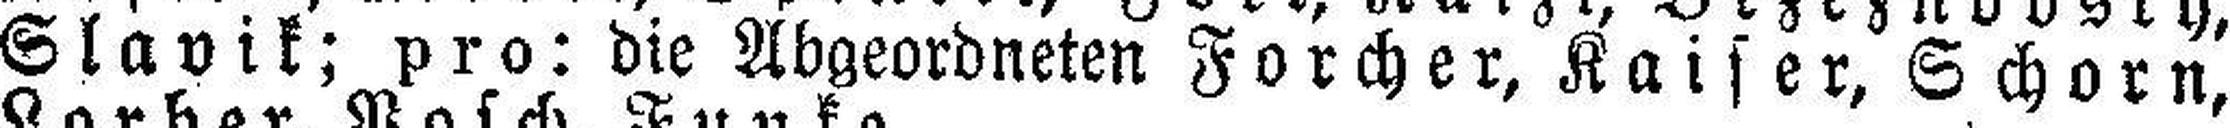
Slavik; pro: die Abgeordneten Forcher, Kaiser, Schorn,